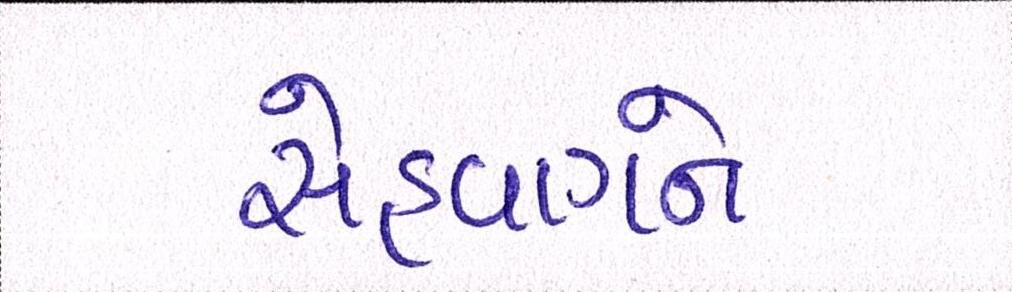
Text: સેહવાગને